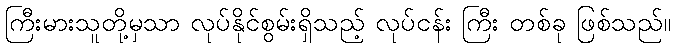
ကြီးမားသူတို့မှသာ လုပ်နိုင်စွမ်းရှိသည့် လုပ်ငန်း ကြီး တစ်ခု ဖြစ်သည်။